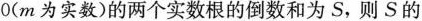
0$$(m为实数)的两个实数根的倒数和为S，则S的